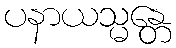
ပနာယသ္မန္တေ